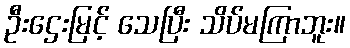
ဦးဌေးမြင့် သေပြီး သိပ်မကြာဘူး။